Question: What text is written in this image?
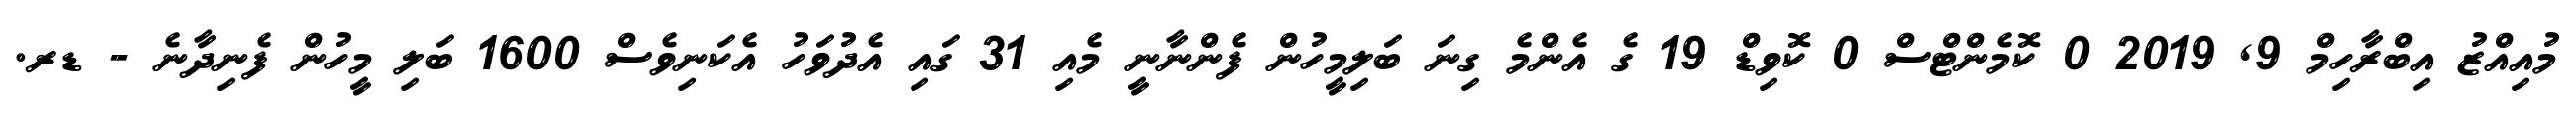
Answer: މުއިއްޒު އިބްރާހިމް 9, 2019 0 ކޮމެންޓްސް 0 ކޮވިޑް 19 ގެ އެންމެ ގިނަ ބަލިމީހުން ފެންނާނީ މެއި 31 ގައި އެދުވަހު އެކަނިވެސް 1600 ބަލި މީހުން ފެނިދާނެ - ޑރ.